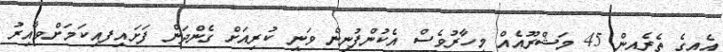
އެއިގެ ތެރެއިން 45 މަޝްރޫއެއް މިހާރުވެސް އެކުންފުނިން ވަނީ ކުރިއަށް ގެންދަން ފަށައިފއިކަމަށްވާއިރު